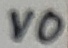
Text: VO